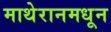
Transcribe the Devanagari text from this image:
माथेरानमधून